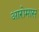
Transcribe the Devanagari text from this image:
आरोमास